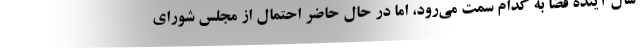
سال آینده فضا به کدام سمت می‌رود، اما در حال حاضر احتمال از مجلس شورای